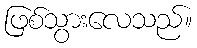
ဖြစ်သွားလေသည်။